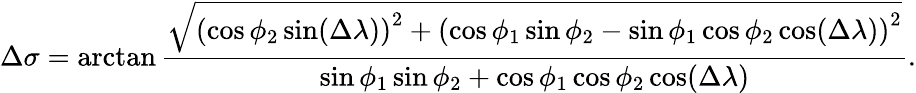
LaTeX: \Delta\sigma=\arctan{\frac{\sqrt{\left(\cos\phi_{2}\sin(\Delta\lambda)\right)^{2}+\left(\cos\phi_{1}\sin\phi_{2}-\sin\phi_{1}\cos\phi_{2}\cos(\Delta\lambda)\right)^{2}}}{\sin\phi_{1}\sin\phi_{2}+\cos\phi_{1}\cos\phi_{2}\cos(\Delta\lambda)}}.